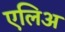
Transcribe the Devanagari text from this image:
एलिअ